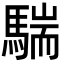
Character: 𩤚